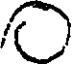
O